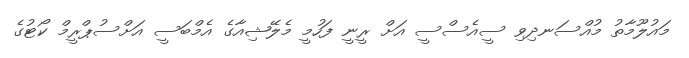
މައުލޫމާތު މުއްސަނދިވި ސީއެސްސީ އަށް ރީނީ ފަހުމީ މެލޭޝިއާގެ އެމްބަސީ އަށްސުޕްރީމް ކޯޓުގެ